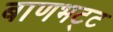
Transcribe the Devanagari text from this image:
बाणभट्‌ट